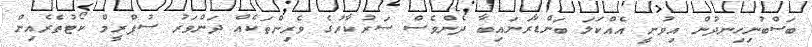
ބަސްބުނިހިނދުން އިވުނީ އެއްކަލަ ބަންޑާރަނައިބާ ދެންވެސް ސަރުކާރުގެ ވެރިންތަކެއް ދަންވަރު ސުޕްރީމް ކޯޓުތެރެއިން